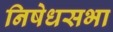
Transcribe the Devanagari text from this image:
निषेधसभा